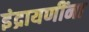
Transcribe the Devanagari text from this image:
इंद्रायणींना